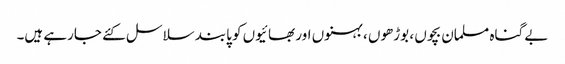
بے گناہ مسلمان بچوں ، بوڑھوں ، بہنوں اور بھائیوں کو پابند سلاسل کئے جارہے ہیں۔